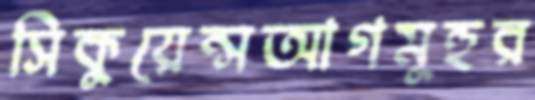
সিকুয়েন্সআগমূহুর